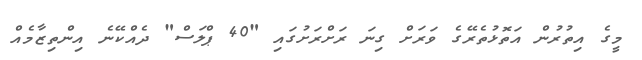
މީގެ އިތުރުން އަތޮޅުތެރޭގެ ވަރަށް ގިނަ ރަށްރަށުގައި "40 ޕްލަސް" ދެއްކޭނެ އިންތިޒާމެއް